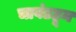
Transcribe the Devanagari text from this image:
चावंडहून